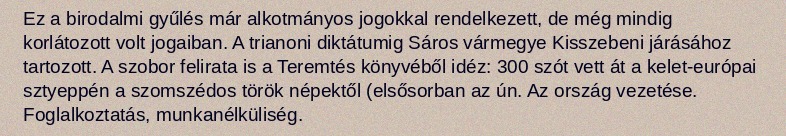
Ez a birodalmi gyűlés már alkotmányos jogokkal rendelkezett, de még mindig korlátozott volt jogaiban. A trianoni diktátumig Sáros vármegye Kisszebeni járásához tartozott. A szobor felirata is a Teremtés könyvéből idéz: 300 szót vett át a kelet-európai sztyeppén a szomszédos török népektől (elsősorban az ún. Az ország vezetése. Foglalkoztatás, munkanélküliség.